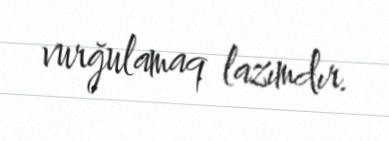
vurğulamaq lazımdır.